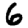
Digit: 6